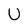
Character: U